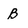
Character: B